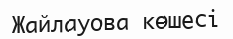
Жайлауова көшесі